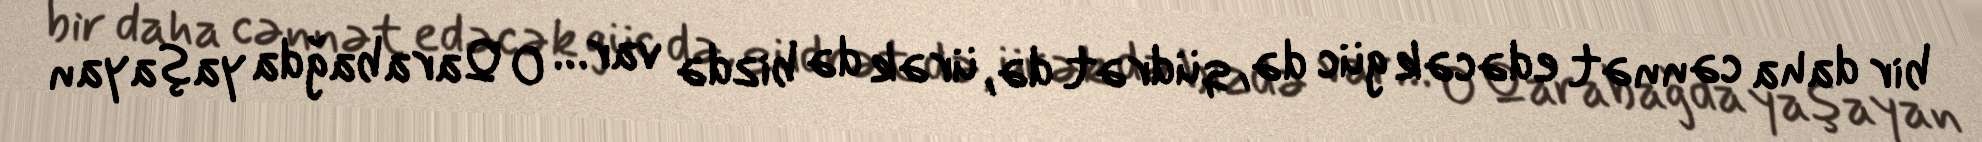
bir daha cənnət edəcək güc də, qüdrət də, ürək də bizdə var… O Qarabağda yaşayan